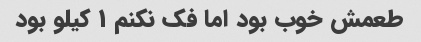
طعمش خوب بود اما فک نکنم ۱ کیلو بود